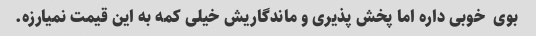
بوی  خوبی داره اما پخش پذیری و ماندگاریش خیلی کمه به این قیمت نمیارزه.